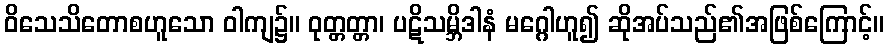
ဝိသေသိတောစဟူသော ဝါကျ၌။ ဝုတ္တတ္တာ၊ ပဋိသမ္ဘိဒါနံ မဂ္ဂေါဟူ၍ ဆိုအပ်သည်၏အဖြစ်ကြောင့်။